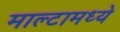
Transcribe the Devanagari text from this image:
माल्टामध्ये